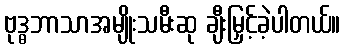
ဗုဒ္ဓဘာသာအမျိုးသမီးဆု ချီးမြှင့်ခဲ့ပါတယ်။